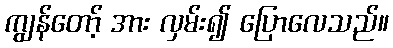
ကျွန်တော့် အား လှမ်း၍ ပြောလေသည်။